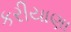
કરીયાણા